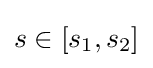
s\in [s_{1},s_{2}]